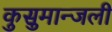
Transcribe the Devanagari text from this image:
कुसुमान्जली